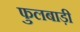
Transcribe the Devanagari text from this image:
फुलबाड़ी